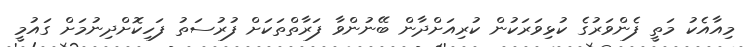
މިއާއެކު މަތީ ފެންވަރުގެ ކުޅިވަރަކުން ކުރިއަށްދާން ބޭނުންވާ ފަރާތްތަކަށް ފުރުސަތު ފަހިކޮށްދިނުމަށް ގައުމީ